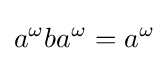
a^{\omega }ba^{\omega }=a^{\omega }